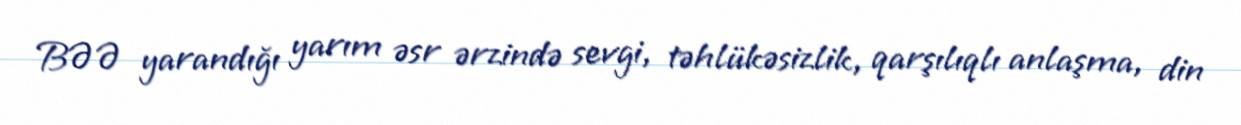
BƏƏ yarandığı yarım əsr ərzində sevgi, təhlükəsizlik, qarşılıqlı anlaşma, din